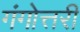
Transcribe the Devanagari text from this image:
गंगोत्तरी